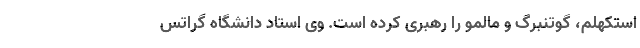
استکهلم، گوتنبرگ و مالمو را رهبری کرده است. وی استاد دانشگاه گراتس